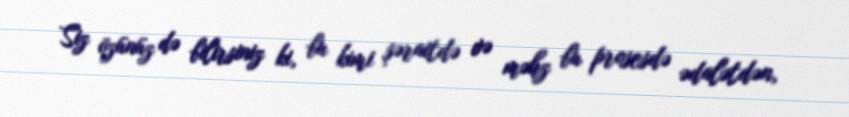
Siz özünüz də bilirsiniz ki, bu kimi şəraitdə və məhz bu prosesdə ədalətdən,